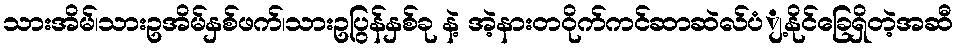
သားအိမ်၊သားဥအိမ်နှစ်ဖက်၊သားဥပြွန်နှစ်ခု နဲ့ အဲ့နားတဝိုက်ကင်ဆာဆဲလ်ပံျ့နိုင်ခြေရှိတဲ့အဆီ